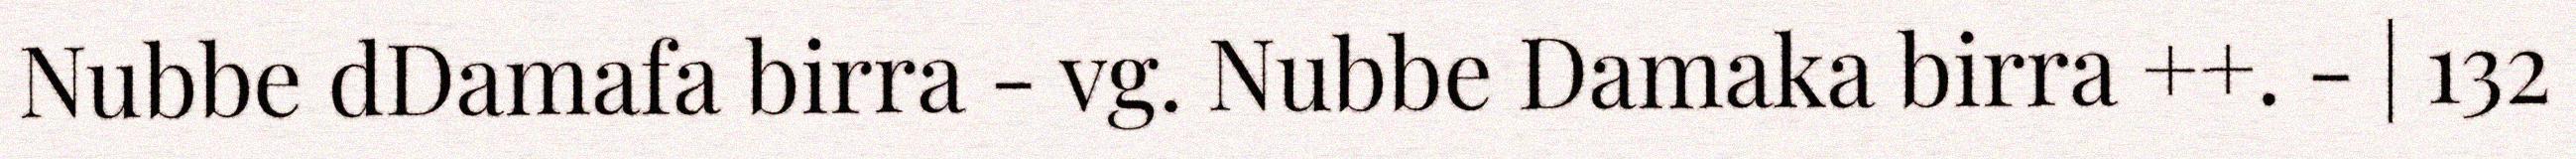
Nubbe dDamafa birra - vg. Nubbe Damaka birra ++. - | 132